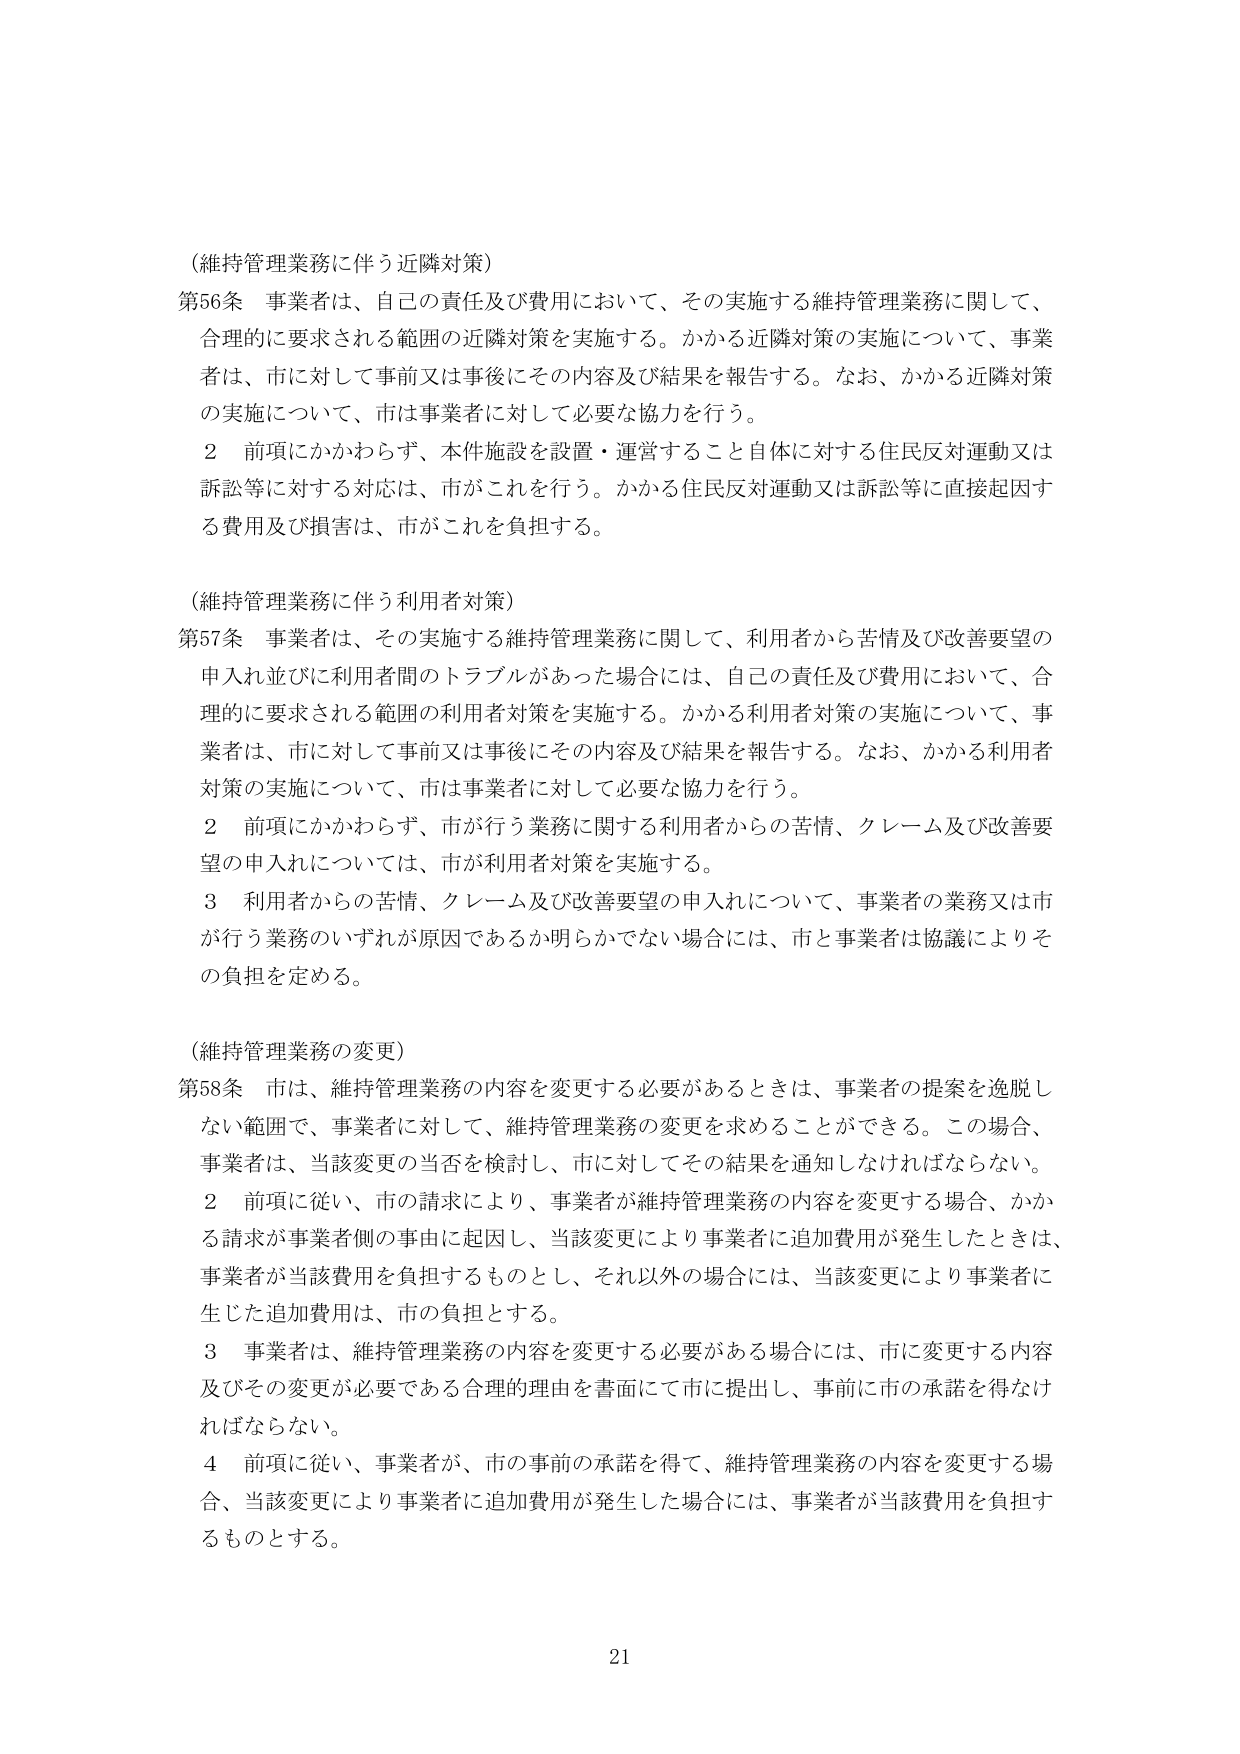
（維持管理業務に伴う近隣対策）

第56条 事業者は、自己の責任及び費用において、その実施する維持管理業務に関して、合理的に要求される範囲の近隣対策を実施する。かかる近隣対策の実施について、事業者は、市に対して事前又は事後にその内容及び結果を報告する。なお、かかる近隣対策の実施について、市は事業者に対して必要な協力を行う。

２ 前項にかかわらず、本件施設を設置・運営すること自体に対する住民反対運動又は訴訟等に対する対応は、市がこれを行う。かかる住民反対運動又は訴訟等に直接起因する費用及び損害は、市がこれを負担する。

（維持管理業務に伴う利用者対策）

第57条 事業者は、その実施する維持管理業務に関して、利用者から苦情及び改善要望の申入れ並びに利用者間のトラブルがあった場合には、自己の責任及び費用において、合理的に要求される範囲の利用者対策を実施する。かかる利用者対策の実施について、事業者は、市に対して事前又は事後にその内容及び結果を報告する。なお、かかる利用者対策の実施について、市は事業者に対して必要な協力を行う。

２ 前項にかかわらず、市が行う業務に関する利用者からの苦情、クレーム及び改善要望の申入れについては、市が利用者対策を実施する。

３ 利用者からの苦情、クレーム及び改善要望の申入れについて、事業者の業務又は市が行う業務のいずれが原因であるか明らかでない場合には、市と事業者は協議によりその負担を定める。

（維持管理業務の変更）

第58条 市は、維持管理業務の内容を変更する必要があるときは、事業者の提案を逸脱しない範囲で、事業者に対して、維持管理業務の変更を求めることができる。この場合、事業者は、当該変更の当否を検討し、市に対してその結果を通知しなければならない。

２ 前項に従い、市の請求により、事業者が維持管理業務の内容を変更する場合、かかる請求が事業者側の事由に起因し、当該変更により事業者に追加費用が発生したときは、事業者が当該費用を負担するものとし、それ以外の場合には、当該変更により事業者に生じた追加費用は、市の負担とする。

３ 事業者は、維持管理業務の内容を変更する必要がある場合には、市に変更する内容及びその変更が必要である合理的理由を書面にて市に提出し、事前に市の承諾を得なければならない。

４ 前項に従い、事業者が、市の事前の承諾を得て、維持管理業務の内容を変更する場合、当該変更により事業者に追加費用が発生した場合には、事業者が当該費用を負担するものとする。

21